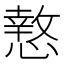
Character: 𭞫